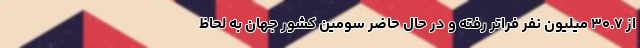
از ۳۰.۷ میلیون نفر فراتر رفته و در حال حاضر سومین کشور جهان به لحاظ